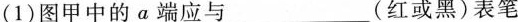
图甲 图乙 图丙(1)图甲中的a端应与___(红或黑)表笔